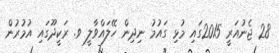
28 ޖެނުއަރީ 2015ގައި މުޅި ގައުމު ނިދިން ހޭލައްވާލީ ވ. ރަކީދޫގައި އުމުރުން